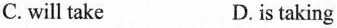
C. will take D. is taking